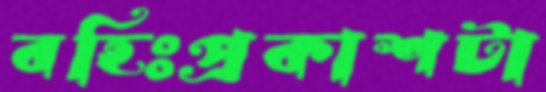
বহিঃপ্রকাশটা